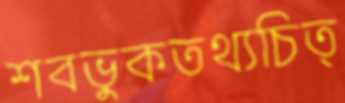
শবভুকতথ্যচিত্